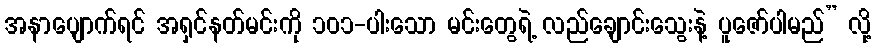
အနာပျောက်ရင် အရှင်နတ်မင်းကို ၁၀၁-ပါးသော မင်းတွေရဲ့ လည်ချောင်းသွေးနဲ့ ပူဇော်ပါမည်” လို့